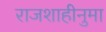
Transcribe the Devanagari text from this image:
राजशाहीनुमा